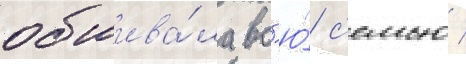
обшива́ла вс'ю́ с'емью /